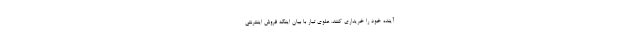
آینده خود را خریداری کنند. علوی تبار با بیان اینکه فروش اینترنتی